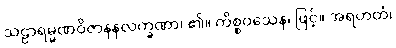
သဠာရမ္မဏဝိဇာနနလက္ခဏာ၊ ၏။ ကိစ္စဝသေန၊ ဖြင့်။ အရဟတံ၊